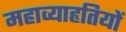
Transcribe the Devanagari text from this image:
महाव्याहृतियों